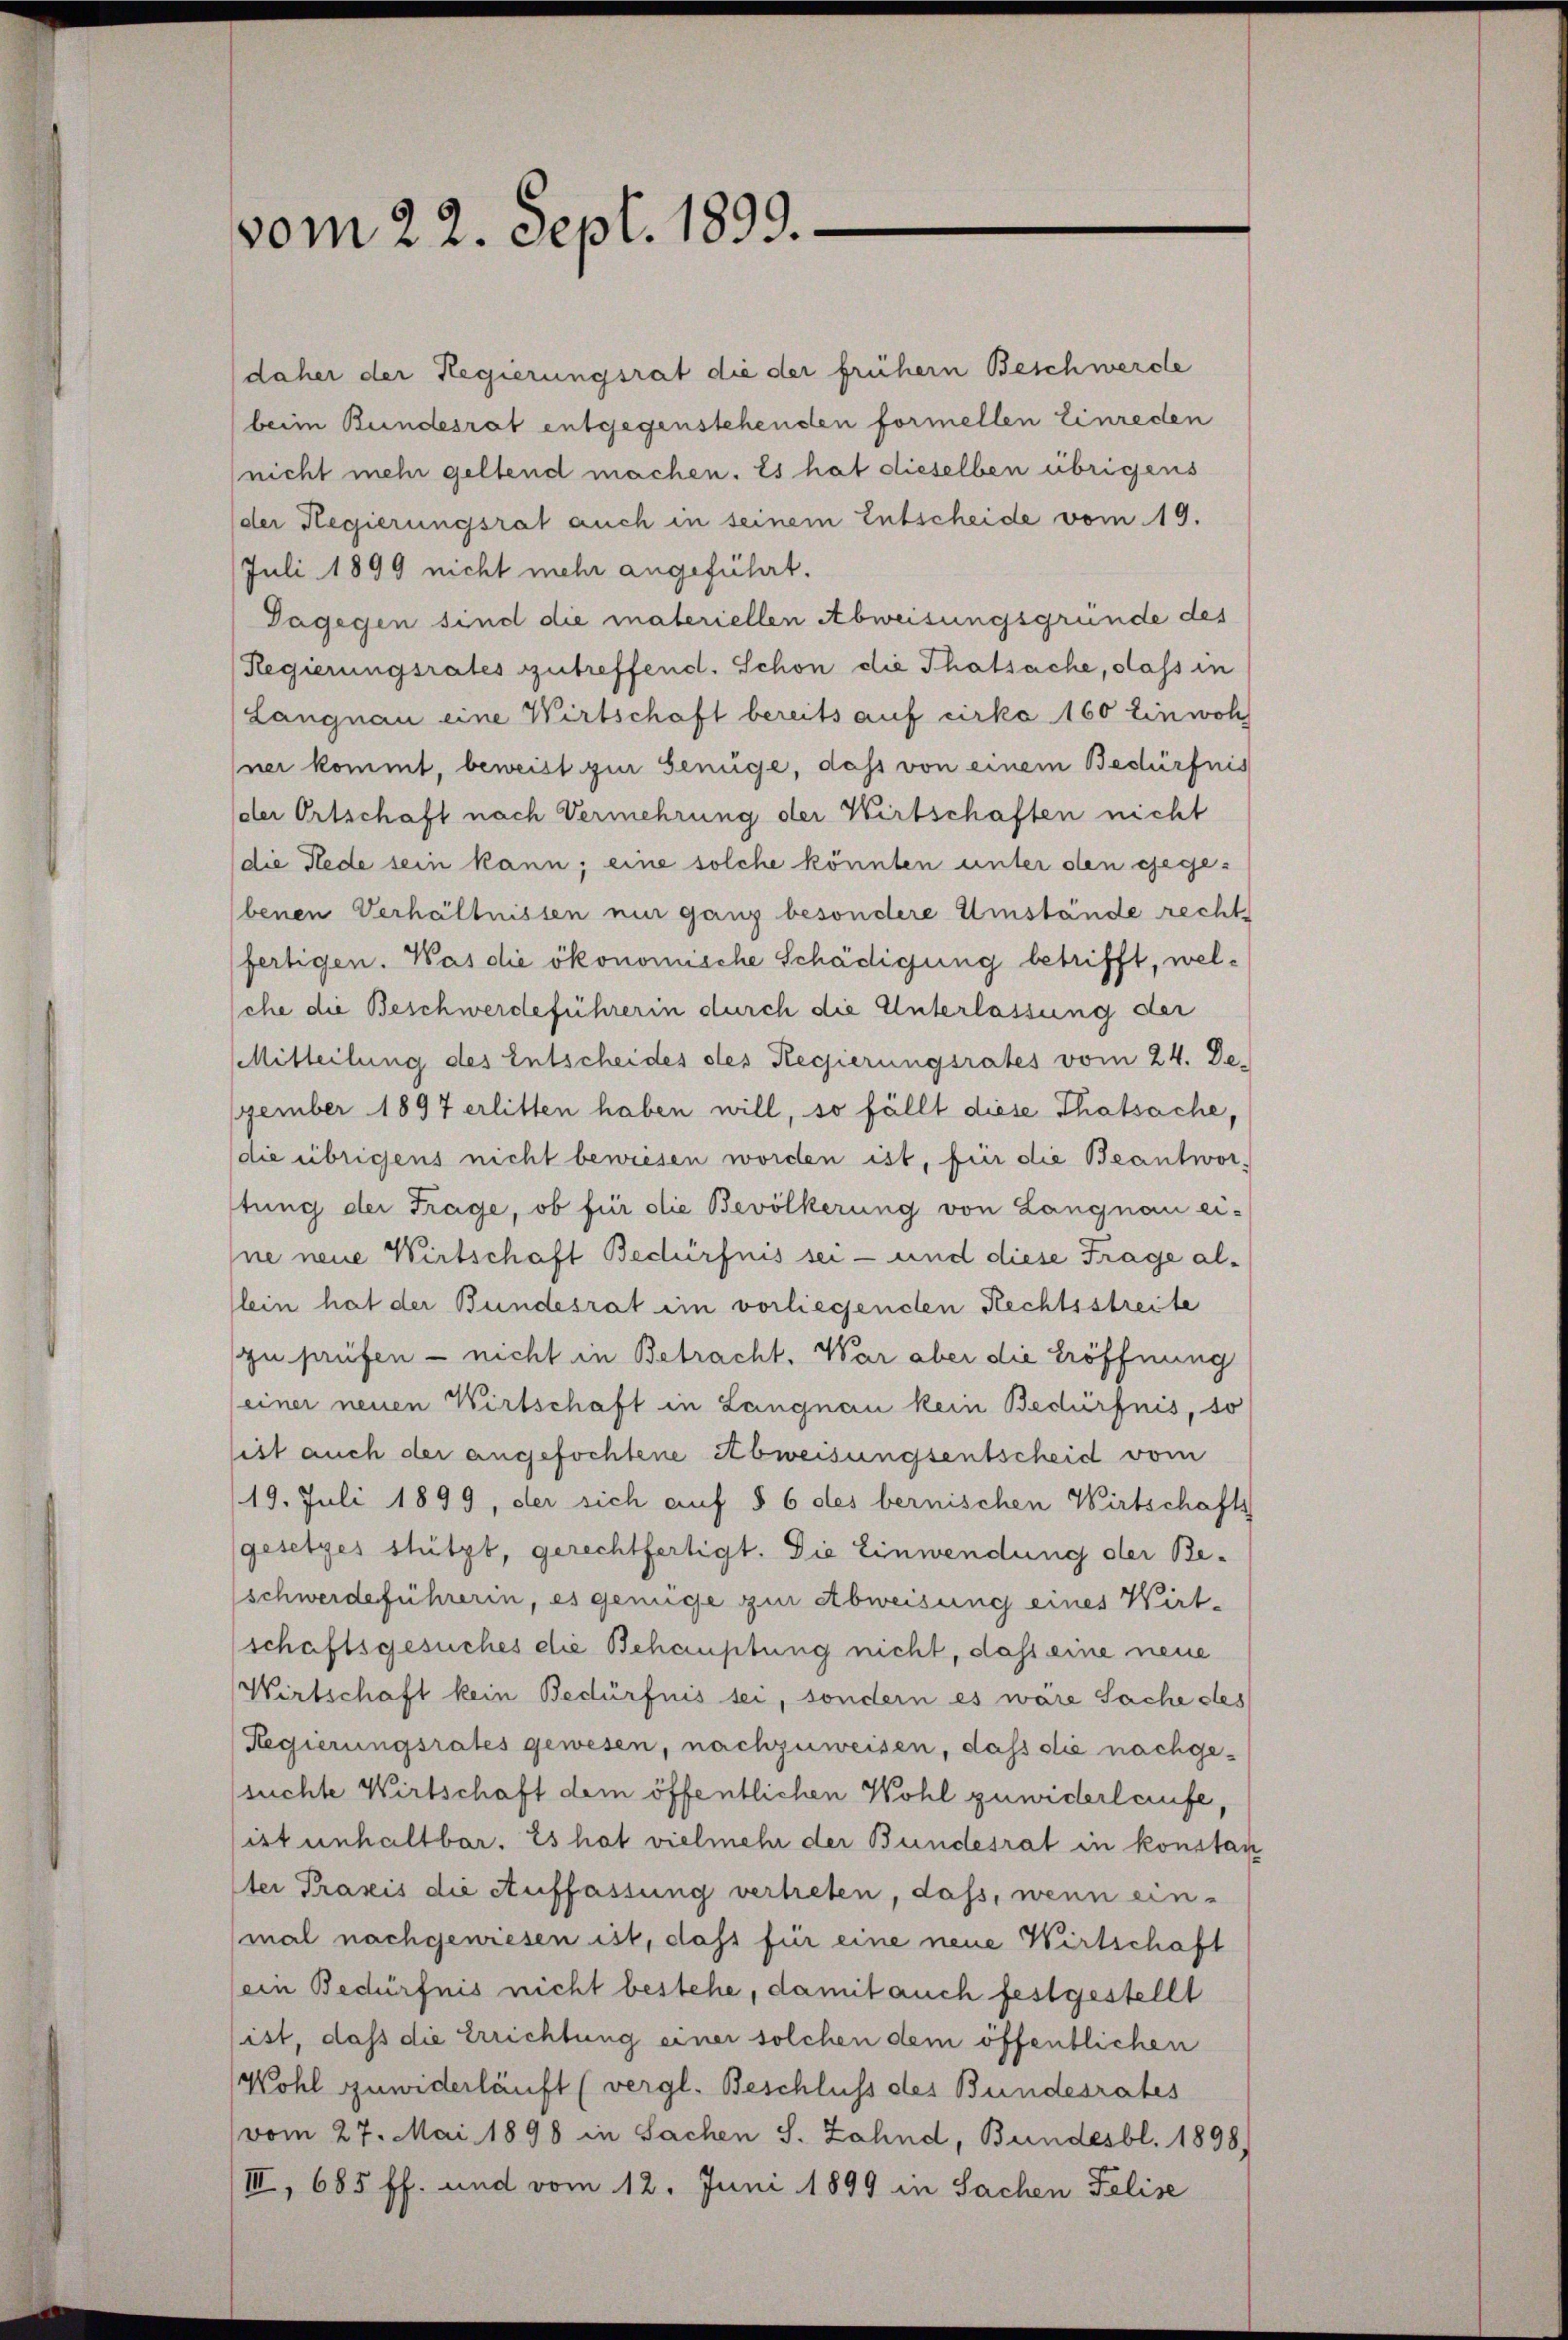
vom 22. Sept. 1899.

daher der Regierungsrat die der früher Beschwerde
beim Bundesrat entgegenstehenden formellen Einreden
nicht mehr geltend machen. Es hat dieselben übrigens
der Regierungsrat auch in seinem Entscheide vom 19.
Juli 1899 nicht mehr angeführt.
Dagegen sind die materiellen Abweisungsgründe des
Regierungsrates zutreffend. Schon die Thatsache, dass in
Langnau eine Wirtschaft bereits auf cirka 160 Einwoh
ner kommt, beweist zur Genüge, dass von einem Bedürfnis
der Ortschaft nach Vermehrung der Wirtschaften nicht
die Rede sein kann; eine solche könnten unter den gegebenen Verhältnissen nur ganz besondere Umstände recht
fertigen. Was die ökonomische Schädigung betrifft, welsche die Beschwerdeführerin durch die Unterlassung der
Mitteilung des Entscheides des Regierungsrates vom 24. De-
zember 1897 erlitten haben will, so fällt diese Thatsache,
die übrigens nicht bewiesen worden ist, für die Beantwor-
tung der Frage, ob für die Bevölkerung von Langnau ei-
ne neue Wirtschaft Bedürfnis sei - und diese Frage allein hat der Bundesrat ein vorliegenden Rechtsstreite
zu prüfen - nicht in Betracht. War aber die Eröffnung
einer neuen Wirtschaft in Langnau kein Bedürfnis, so
ist auch der angefochtene Abweisungsentscheid vom
119. Juli 1899, der sich auf § 6 des bernischen Wirtschafts
gesetzes stützt, gerechtfertigt. Die Einwendung der Be-
schwerdeführerin, es genüge zur Abweisung eines Wirt-
schaftsgesuches die Behauptung nicht, dass eine neue
Wirtschaft kein Bedürfnis sei, sondern es wäre Sache des
Regierungsrates gewesen, nachzuweisen, dass die nachgessuchte Wirtschaft dem öffentlichen Wohl zuwiderlaufe,
ist unhaltbar. Es hat vielmehr der Bundesrat in konstan
ter Praxis die Auffassung vertreten, dass, wenn ein-
mal nachgenresen ist, dass für eine neue Wirtschaft
(ein Bedürfnis nicht bestehe, damit auch festgestellt
ist, daß die Errichtung einer solchen dem öffentlichen
Wohl zuwiderläuft (vergl. Beschluss des Bundesrates
vom 27. Mai 1898 in Sachen S. Zahnd, Bundesbl. 1898,
III, 685 ff. und vom 12. Juni 1899 in Sachen Felise